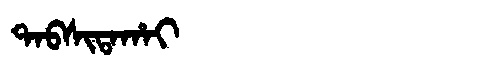
Manchu: ᡨᠠᠪᠰᡳᡨᠠᡥᠠᡳ
Romanization: TABSITAHAI